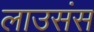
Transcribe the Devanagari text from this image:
लाउसंस